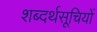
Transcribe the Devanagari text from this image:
शब्दर्थसूचियों